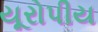
યૂરોપીય